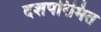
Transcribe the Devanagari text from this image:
दशपरिमित